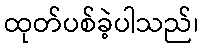
ထုတ်ပစ်ခဲ့ပါသည်၊